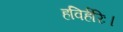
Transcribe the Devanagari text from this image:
हविर्हरिः।